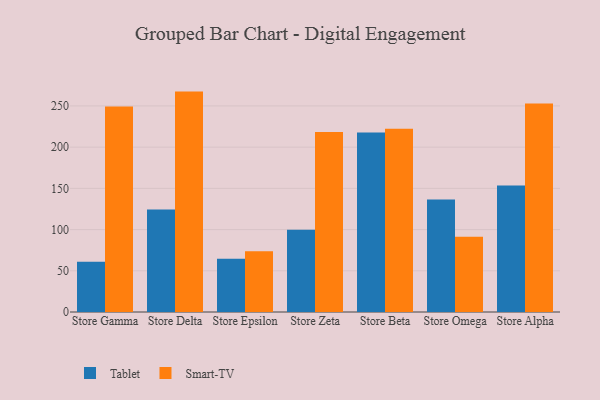
{"axis": {"x": "Store", "y": "Operating Costs (USD K)"}, "legend": ["Smart-TV", "Tablet"], "data": [{"x": "Store Gamma", "y": 61.1, "type": "Tablet"}, {"x": "Store Gamma", "y": 249.2, "type": "Smart-TV"}, {"x": "Store Delta", "y": 124.3, "type": "Tablet"}, {"x": "Store Delta", "y": 267.4, "type": "Smart-TV"}, {"x": "Store Epsilon", "y": 64.5, "type": "Tablet"}, {"x": "Store Epsilon", "y": 73.6, "type": "Smart-TV"}, {"x": "Store Zeta", "y": 99.8, "type": "Tablet"}, {"x": "Store Zeta", "y": 218.4, "type": "Smart-TV"}, {"x": "Store Beta", "y": 217.8, "type": "Tablet"}, {"x": "Store Beta", "y": 222.2, "type": "Smart-TV"}, {"x": "Store Omega", "y": 136.6, "type": "Tablet"}, {"x": "Store Omega", "y": 91.2, "type": "Smart-TV"}, {"x": "Store Alpha", "y": 153.4, "type": "Tablet"}, {"x": "Store Alpha", "y": 252.9, "type": "Smart-TV"}]}